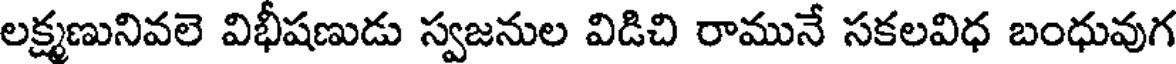
లక్ష్మణునివలె విభీషణుడు స్వజనుల విడిచి రామునే సకలవిధ బంధువుగ